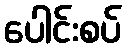
ပေါင်းစပ်